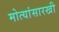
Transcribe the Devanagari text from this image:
मोत्यांसारखी